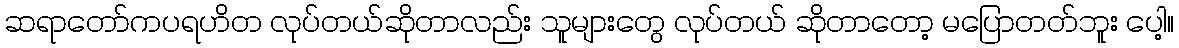
ဆရာတော်ကပရဟိတ လုပ်တယ်ဆိုတာလည်း သူများတွေ လုပ်တယ် ဆိုတာတော့ မပြောတတ်ဘူး ပေါ့။